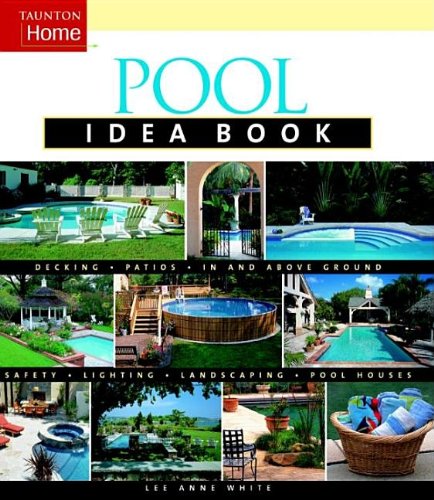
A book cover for Pool Idea Book (Taunton Home Idea Books); Lee Anne White; Crafts, Hobbies & Home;